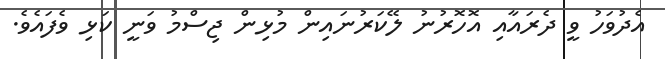
އެދުވަހު ވީ ދެރައާއި އޮހޮރުނު ލޭކަރުނައިން މުޅިން ޖިސްމު ވަނީ ކަޅި ވެފައެވެ.